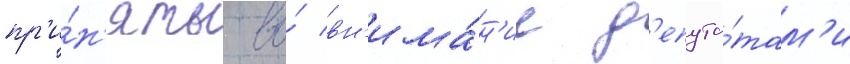
пр'и́н'яты во́ вн'има́н'ие д'епута́там'и